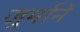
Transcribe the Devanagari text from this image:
जुर्मानें